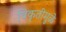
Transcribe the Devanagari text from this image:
विकृतीमुळे